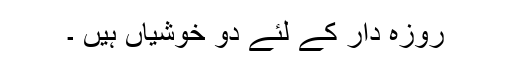
روزہ دار کے لئے دو خوشیاں ہیں ۔